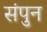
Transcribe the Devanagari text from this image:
संपुन